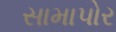
સામાપોર